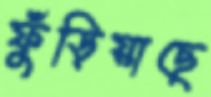
ফুঁড়িয়াছে